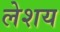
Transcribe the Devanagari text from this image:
लेशय